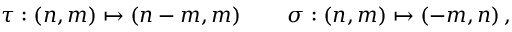
\tau : ( n , m ) \mapsto ( n - m , m ) \, \qquad \sigma : ( n , m ) \mapsto ( - m , n ) \, ,